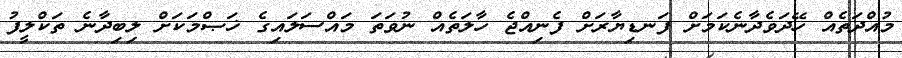
މުއްދަތެއް ހޭދަވެދާނެކަމަށް ފަނޑިޔާރަށް ފެނިއްޖެ ހާލަތެއް ނުވަތަ މައްސަލައިގެ ޚަޞްމަކަށް ލިބިދާނެ ތަކްލީފު